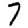
Digit: 7